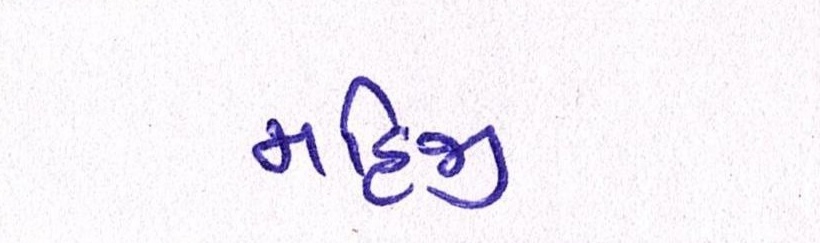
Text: મહિજી